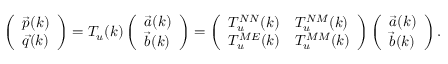
\begin{array} { r } { \left( \begin{array} { l } { \vec { p } ( k ) } \\ { \vec { q } ( k ) } \end{array} \right) = T _ { u } ( k ) \left( \begin{array} { l } { \vec { a } ( k ) } \\ { \vec { b } ( k ) } \end{array} \right) = \left( \begin{array} { l l } { T _ { u } ^ { N N } ( k ) } & { T _ { u } ^ { N M } ( k ) } \\ { T _ { u } ^ { M E } ( k ) } & { T _ { u } ^ { M M } ( k ) } \end{array} \right) \left( \begin{array} { l } { \vec { a } ( k ) } \\ { \vec { b } ( k ) } \end{array} \right) . } \end{array}